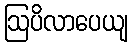
ဩပိလာပေယျ